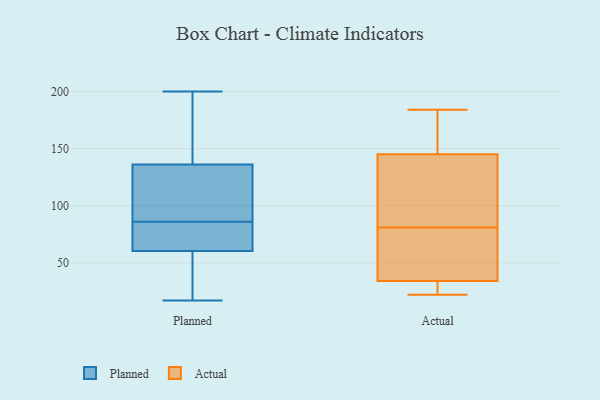
{"axis": {"x": "Shipments", "y": "Value"}, "legend": ["Actual", "Planned"], "data": [{"x": "", "y": 67, "type": "Planned"}, {"x": "", "y": 37, "type": "Planned"}, {"x": "", "y": 155, "type": "Planned"}, {"x": "", "y": 17, "type": "Planned"}, {"x": "", "y": 30, "type": "Planned"}, {"x": "", "y": 63, "type": "Planned"}, {"x": "", "y": 109, "type": "Planned"}, {"x": "", "y": 78, "type": "Planned"}, {"x": "", "y": 52, "type": "Planned"}, {"x": "", "y": 69, "type": "Planned"}, {"x": "", "y": 122, "type": "Planned"}, {"x": "", "y": 86, "type": "Planned"}, {"x": "", "y": 176, "type": "Planned"}, {"x": "", "y": 200, "type": "Planned"}, {"x": "", "y": 133, "type": "Planned"}, {"x": "", "y": 145, "type": "Planned"}, {"x": "", "y": 106, "type": "Planned"}, {"x": "", "y": 58, "type": "Actual"}, {"x": "", "y": 145, "type": "Actual"}, {"x": "", "y": 34, "type": "Actual"}, {"x": "", "y": 164, "type": "Actual"}, {"x": "", "y": 118, "type": "Actual"}, {"x": "", "y": 64, "type": "Actual"}, {"x": "", "y": 69, "type": "Actual"}, {"x": "", "y": 184, "type": "Actual"}, {"x": "", "y": 22, "type": "Actual"}, {"x": "", "y": 109, "type": "Actual"}, {"x": "", "y": 93, "type": "Actual"}, {"x": "", "y": 29, "type": "Actual"}, {"x": "", "y": 27, "type": "Actual"}, {"x": "", "y": 175, "type": "Actual"}]}